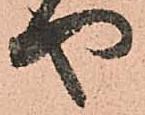
や